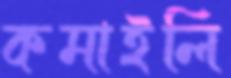
কমাইলি